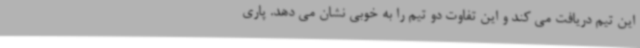
این تیم دریافت می کند و این تفاوت دو تیم را به خوبی نشان می دهد. پاری